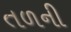
તળની